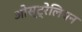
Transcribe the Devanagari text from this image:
ओस्ट्रेलियन